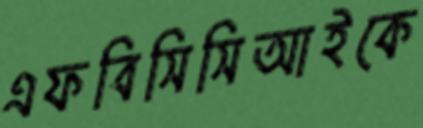
এফবিসিসিআইকে